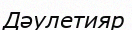
Дәулетияр